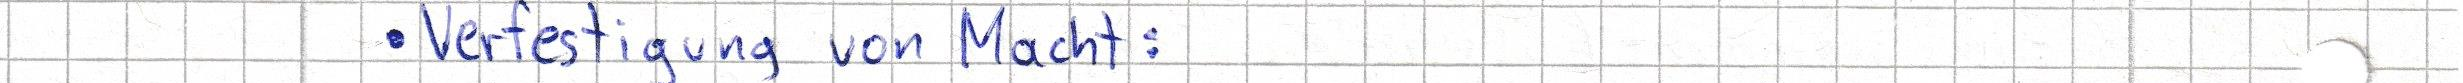
Verfestigung von Macht: